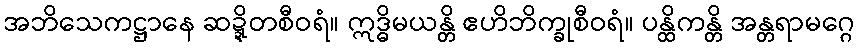
အဘိသေကဋ္ဌာနေ ဆဍ္ဍိတစီဝရံ။ ဣဒ္ဓိမယန္တိ ဧဟိဘိက္ခုစီဝရံ။ ပန္ထိကန္တိ အန္တရာမဂ္ဂေ